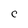
Character: C